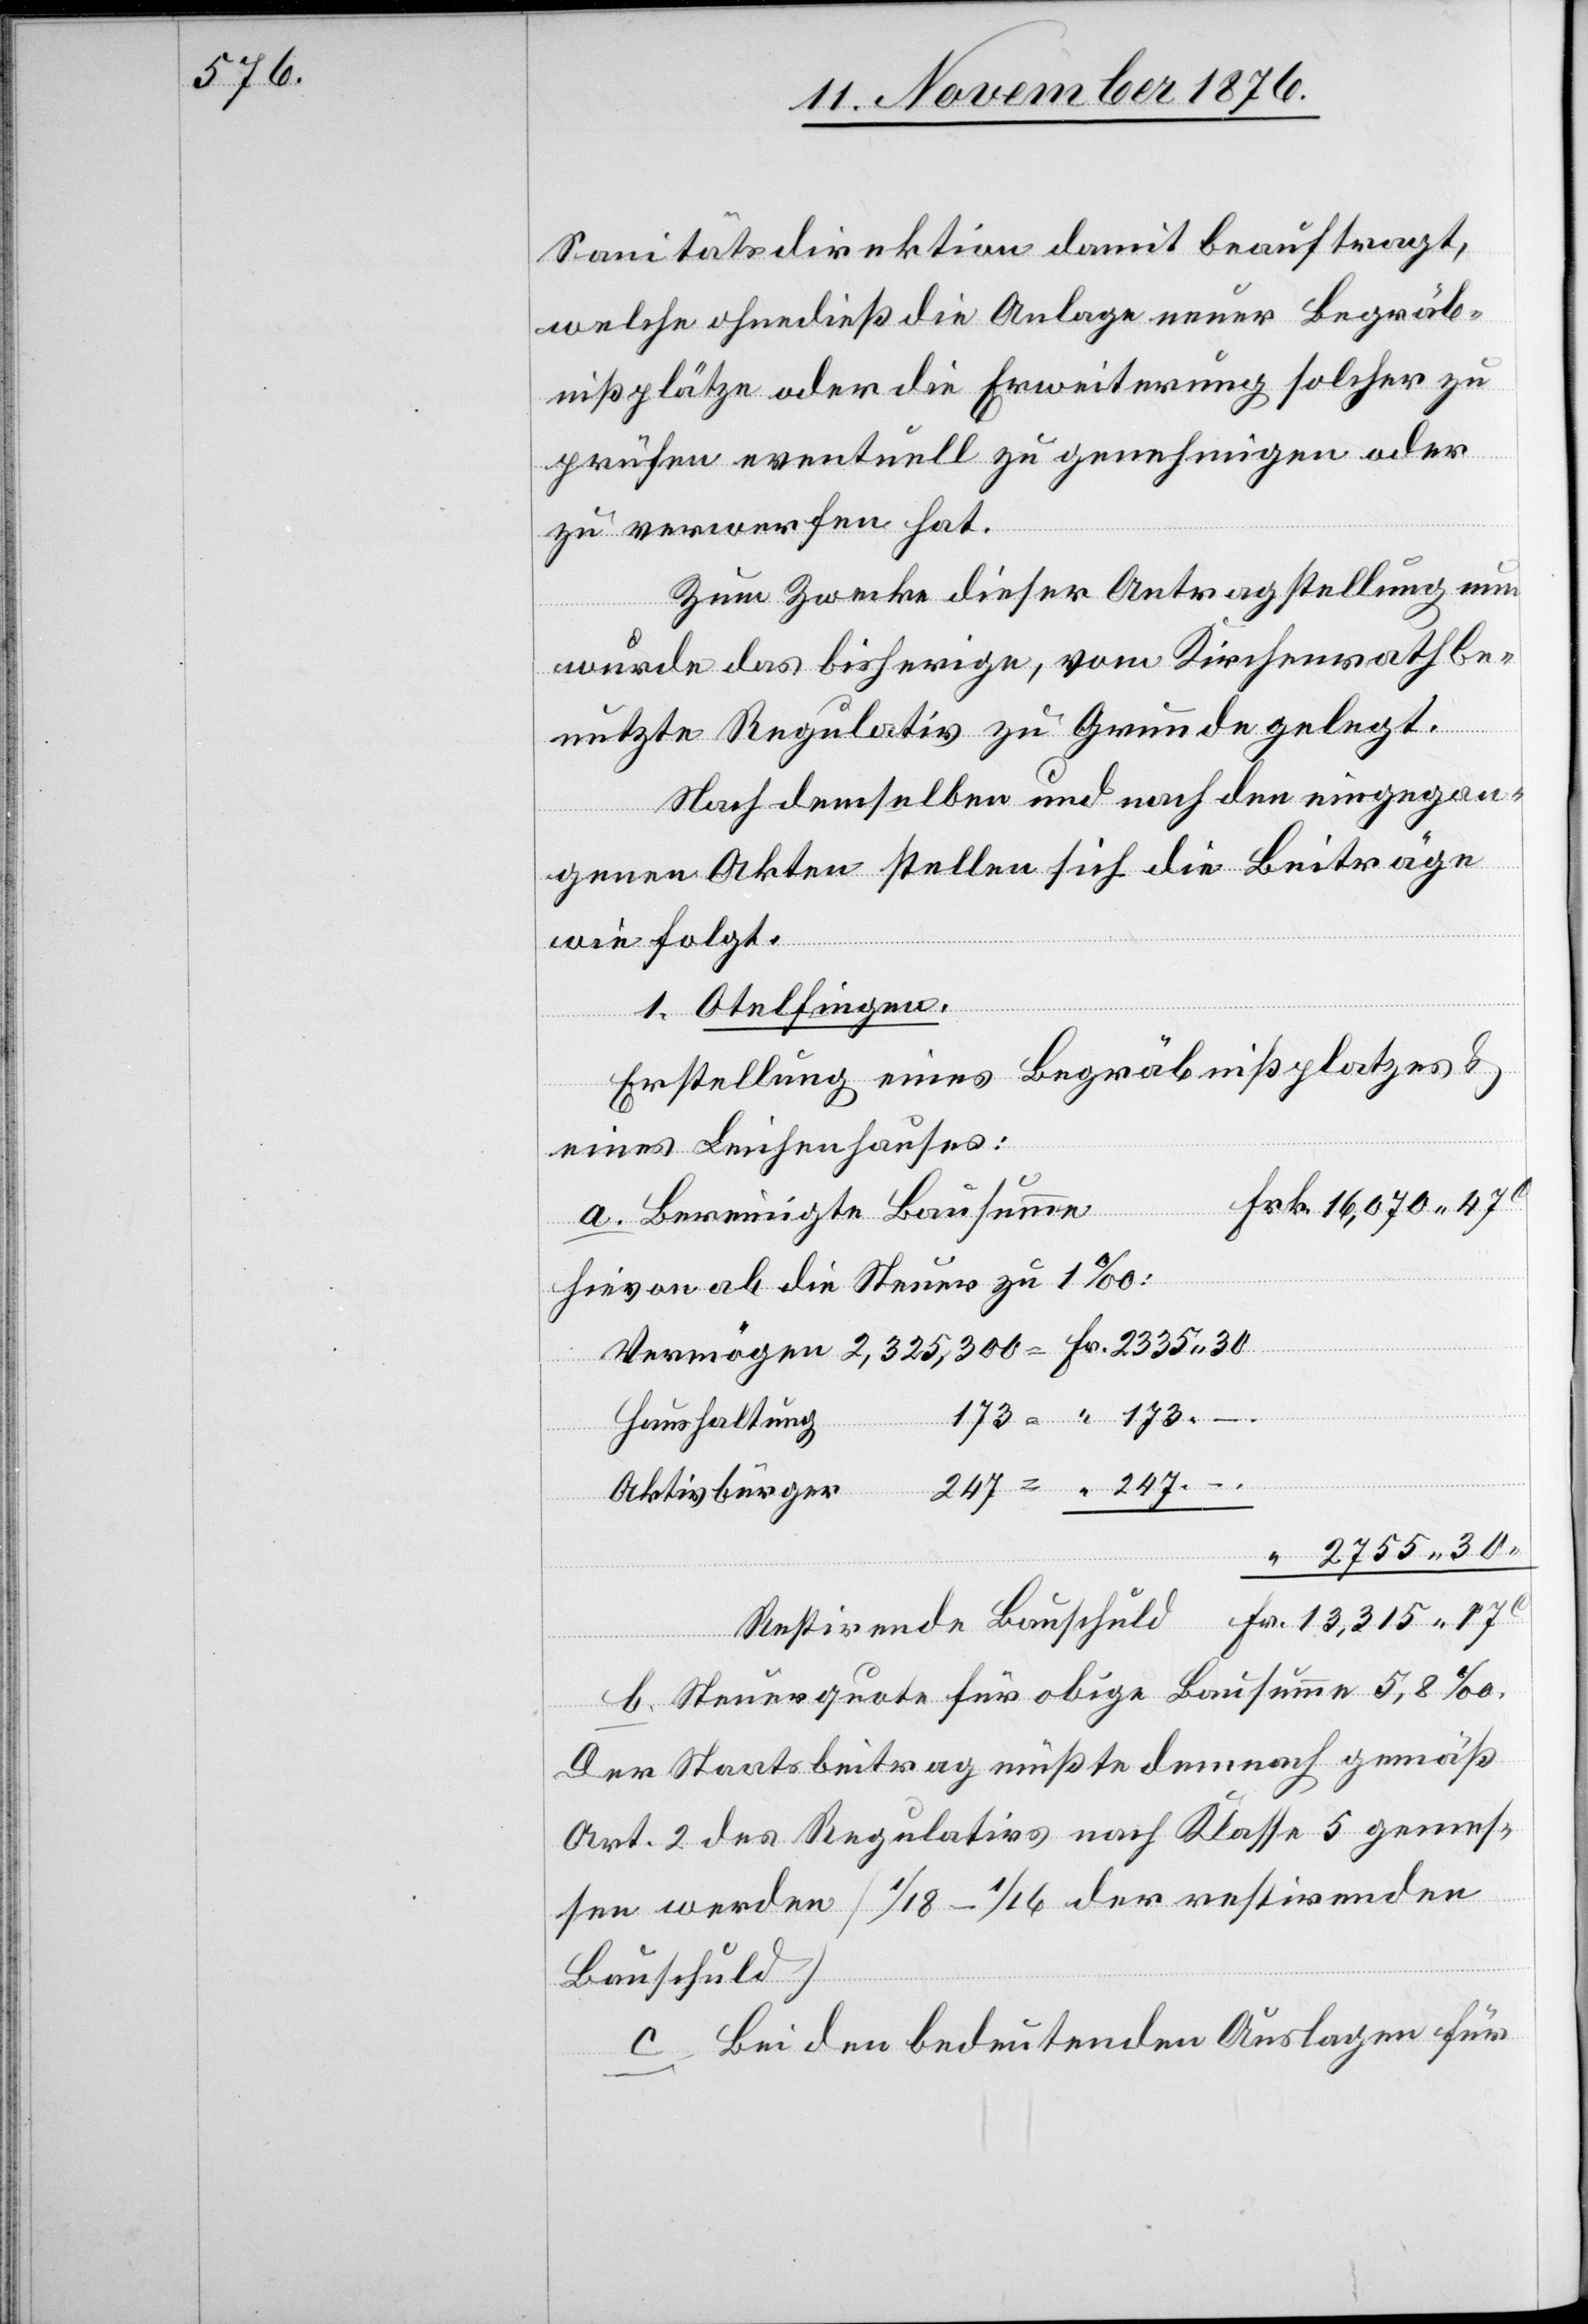
Sanitätsdirektion damit beauftragt,
welche ohnedieß die Anlage neuer Begräb¬
nißplätze oder die Erweiterung solche zu
17
prüfen eventuell zu genehmigen oder
zu verwerfen hat.
Zum Zwecke dieser Antragstellung nun
wurde das bisherige, vom Kirchenrath be¬
nutzte Regulativ zu Grunde gelegt.
Nach demselben und nach den eingegan¬
genen Akten stellen sich die Beiträge
wie folgt:
1. Otelfingen.
Erstellung eines Begräbnißplatzes &
eines Leichenhauses:
a. Bereinigte Bausumme
hievon ab die Steuer zu 1‰
Resu¬
ltirende
Haushaltung
b. Steuerquote für obige Bausumme 5,8‰.
Der Staatsbeitrag müßte demnach gemäß
Art. 2 des Regulativs nach Klasse 5 gemes¬
sen werden [1/18–1/16 der restirenden
Bauschuld][.]
c. Bei den bedeutenden Auslagen für